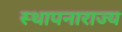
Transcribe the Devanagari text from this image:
स्थापनाराज्य